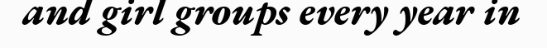
and girl groups every year in